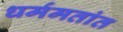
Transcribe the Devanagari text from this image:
धर्ममतांत